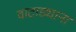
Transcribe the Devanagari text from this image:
वाटाड्याना